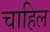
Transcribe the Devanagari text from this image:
चाहिल